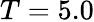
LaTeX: T=5.0